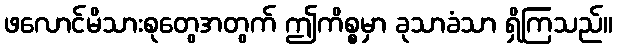
ဖလောင်မိသားစုတွေအတွက် ဤကိစ္စမှာ ခုသာခံသာ ရှိကြသည်။